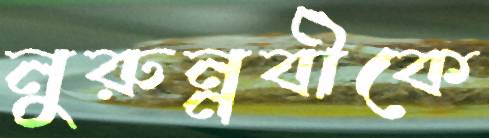
নুরুন্নবীকে